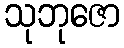
သုဘုဇော